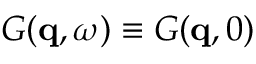
G ( \mathbf { q } , \omega ) \equiv G ( \mathbf { q } , 0 )